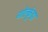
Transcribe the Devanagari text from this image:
गोल्कुंडा